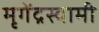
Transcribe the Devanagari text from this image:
मृगेंद्रस्वामी